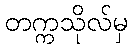
တက္ကသိုလ်မှ